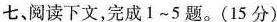
七、阅读下文，完成1~5题。(15分)